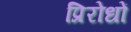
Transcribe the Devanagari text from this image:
प्रिरोधों